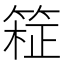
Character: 𫂊